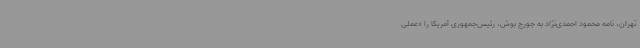
تهران، نامه محمود احمدی‌نژاد به جورج بوش، رئیس‌جمهوری آمریکا را «عملی